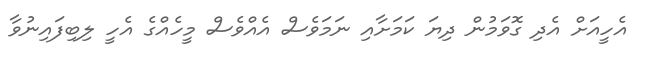
އެހީއަށް އެދި ގޮވަމުން ދިޔަ ކަމަށާއި ނަމަވެސް އެއްވެސް މީހެއްގެ އެހީ ލިބިފައިނުވާ